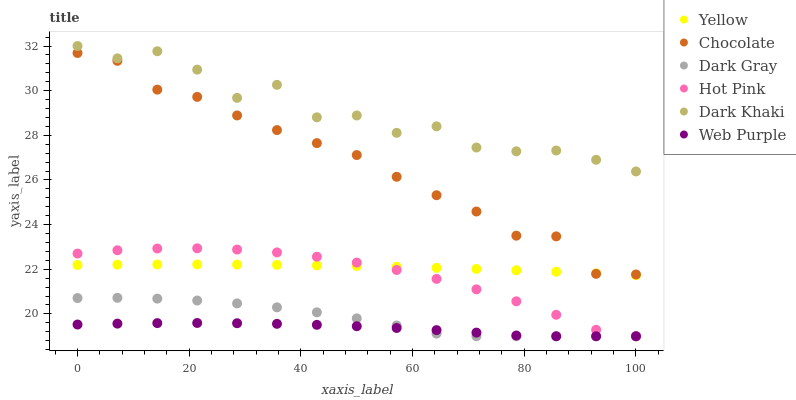
| xaxis_label | Yellow | Chocolate | Dark Gray | Hot Pink | Dark Khaki | Web Purple |
 | --- | --- | --- | --- | --- | --- | --- |
 | 0 | 22.2 | 31.7 | 20.7 | 22.7 | 32 | 19.5 |
 | 7.14 | 22.2 | 31.3 | 20.7 | 22.9 | 31.4 | 19.6 |
 | 14.3 | 22.2 | 30 | 20.7 | 22.9 | 31.8 | 19.6 |
 | 21.4 | 22.2 | 29.7 | 20.6 | 22.9 | 30.9 | 19.6 |
 | 28.6 | 22.2 | 28.9 | 20.5 | 22.9 | 29.7 | 19.6 |
 | 35.7 | 22.2 | 28.2 | 20.3 | 22.8 | 30.3 | 19.6 |
 | 42.9 | 22.2 | 27.7 | 20.1 | 22.6 | 28.8 | 19.5 |
 | 50 | 22.1 | 27.1 | 19.8 | 22.3 | 28.9 | 19.4 |
 | 57.1 | 22.1 | 26.1 | 19.5 | 22 | 28.1 | 19.4 |
 | 64.3 | 22.1 | 25.3 | 19.1 | 21.6 | 28.4 | 19.3 |
 | 71.4 | 22 | 24.6 | 19 | 21.1 | 27.5 | 19.2 |
 | 78.6 | 22 | 23.5 | 19 | 20.6 | 27.3 | 19 |
 | 85.7 | 21.9 | 23.5 | 19 | 20 | 27.3 | 19 |
 | 92.9 | 21.8 | 21.8 | 19 | 19.3 | 26.9 | 19 |
 | 100 | 21.7 | 21.8 | 19 | 19 | 26.4 | 19 |